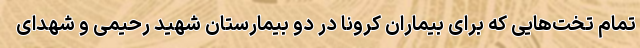
تمام تخت‌هایی که برای بیماران کرونا در دو بیمارستان شهید رحیمی و شهدای